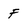
Character: F